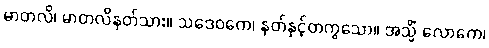
မာတလိ၊ မာတလိနတ်သား။ သဒေဝကေ၊ နတ်နှင့်တကွသော။ အသ္မိံ လောကေ၊